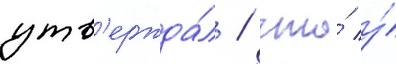
утв'ержда́л / что́ у́